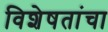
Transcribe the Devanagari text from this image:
विशेषतांचा